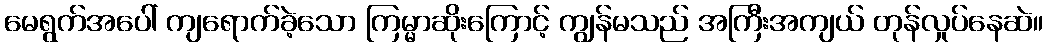
မေရွက်အပေါ် ကျရောက်ခဲ့သော ကြမ္မာဆိုးကြောင့် ကျွန်မသည် အကြီးအကျယ် တုန်လှုပ်နေဆဲ။